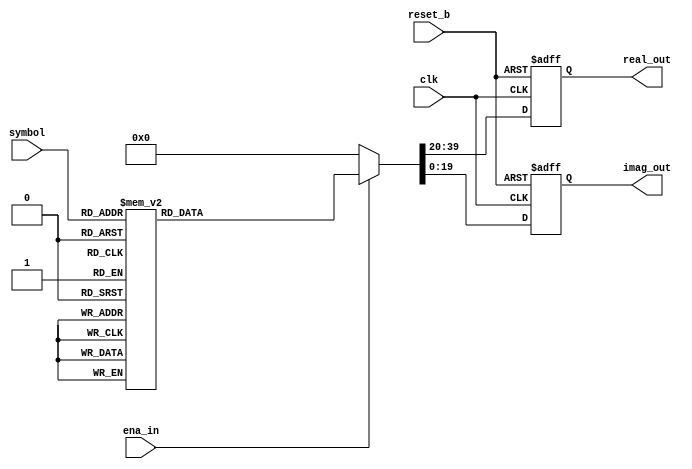

module mod_8psk
   (input           clk,
    input           reset_b,
    input   [2:0]   symbol,
    input           ena_in,
    output  [19:0]  real_out,
    output  [19:0]  imag_out
    );

    /////////// form PM 8 /////////////////////////////////////////////////////////////////////////////////////////////////
    reg [19:0] real_mod;
    reg [19:0] imag_mod;
    always @(posedge clk, negedge reset_b)
       if (~reset_b) begin
            { real_mod , imag_mod } <= { 20'd0 , 20'd0 };
       end else begin
            if (ena_in) begin
                case (symbol)
                    3'd1    : { real_mod , imag_mod } <= { 20'b01011010100000100110 , 20'b01011010100000100110 }; //  J  J
                    3'd0    : { real_mod , imag_mod } <= { 20'b01111111111111111111 , 20'b00000000000000000000 }; //  1  0
                    3'd6    : { real_mod , imag_mod } <= { 20'b10000000000000000001 , 20'b00000000000000000000 }; // -1  0
                    3'd7    : { real_mod , imag_mod } <= { 20'b10100101011111011010 , 20'b10100101011111011010 }; // -J -J
                    3'd3    : { real_mod , imag_mod } <= { 20'b00000000000000000000 , 20'b01111111111111111111 }; //  0  1
                    3'd4    : { real_mod , imag_mod } <= { 20'b01011010100000100110 , 20'b10100101011111011010 }; //  J -J
                    3'd2    : { real_mod , imag_mod } <= { 20'b10100101011111011010 , 20'b01011010100000100110 }; // -J  J
                    3'd5    : { real_mod , imag_mod } <= { 20'b00000000000000000000 , 20'b10000000000000000001 }; //  0 -1
                    default : { real_mod , imag_mod } <= { 20'd0 , 20'd0 };
                endcase
            end else begin
                { real_mod , imag_mod } <= { 20'd0 , 20'd0 };
            end
       end
    ///////////////////////////////////////////////////////////////////////////////////////////////////////////////////////

    assign real_out = real_mod;
    assign imag_out = imag_mod;

    endmodule